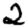
Digit: 2